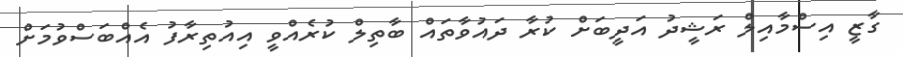
ގާޒީ އިސްމާއިލް ރަޝީދު އަދީބަށް ކުރާ ދައުވާތައް ބާތިލް ކުރެއްވީ އިއުތިރާފު އެއްބަސްވުމަށް